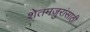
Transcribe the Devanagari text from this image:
शेतमजुरांसाठी